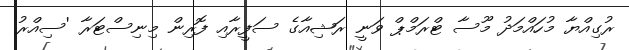
ރުގިއްޔާ މުހައްމަދު މޫސާ ޓްރަމްޕް ވަނީ ރަޝިއާގެ ސަފީރާއި ފޮރިން މިނިސްޓަރާ 'ސިއްރު